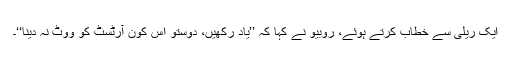
ایک ریلی سے خطاب کرتے ہوئے، روبیو نے کہا کہ ’’یاد رکھیں، دوستو اِس کون آرٹسٹ کو ووٹ نہ دینا‘‘۔